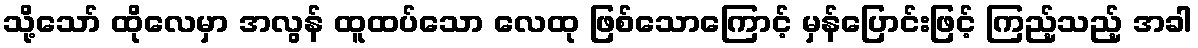
သို့သော် ထိုလေမှာ အလွန် ထူထပ်သော လေထု ဖြစ်သောကြောင့် မှန်ပြောင်းဖြင့် ကြည့်သည့် အခါ